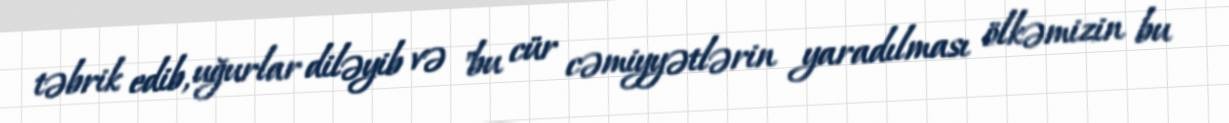
təbrik edib, uğurlar diləyib və "bu cür cəmiyyətlərin yaradılması ölkəmizin bu